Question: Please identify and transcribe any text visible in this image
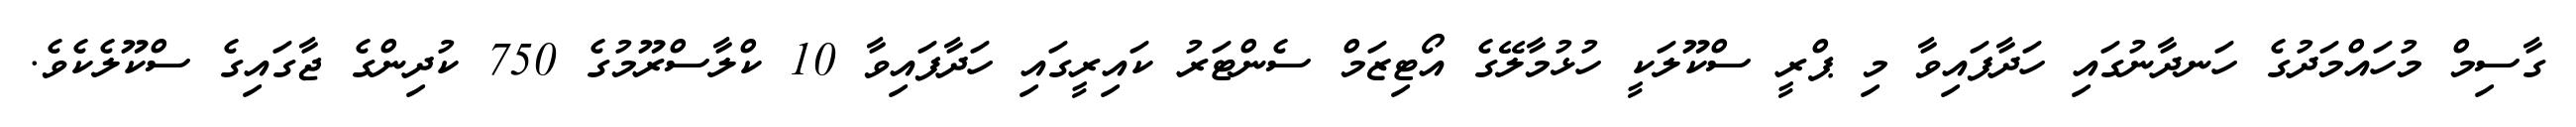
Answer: ގާސިމް މުހައްމަދުގެ ހަނދާނުގައި ހަދާފައިވާ މި ޕްރީ ސްކޫލަކީ ހުޅުމާލޭގެ އޯޓިޒަމް ސެންޓަރު ކައިރީގައި ހަދާފައިވާ 10 ކްލާސްރޫމުގެ 750 ކުދިންގެ ޖާގައިގެ ސްކޫލެކެވެ.